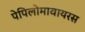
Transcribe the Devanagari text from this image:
पेपिलोमावायरस